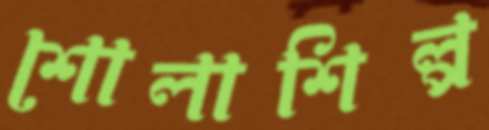
শোলাশিল্প